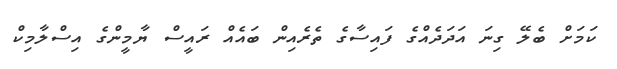
ކަމަށް ބެލޭ ގިނަ އަދަދެއްގެ ފައިސާގެ ތެރެއިން ބައެއް ރައީސް ޔާމީންގެ އިސްލާމިކް